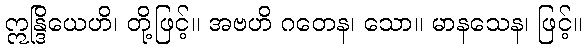
ဣန္ဒြိယေဟိ၊ တို့ဖြင့်။ အဗဟိ ဂတေန၊ သော။ မာနသေန၊ ဖြင့်။